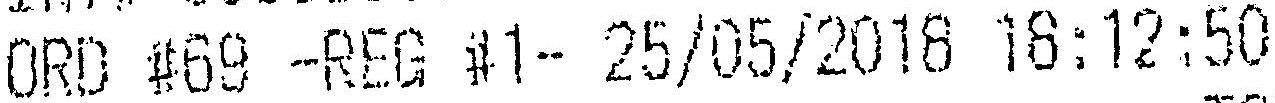
ORD #69 -REG #1- 25/05/2018 18:12:50